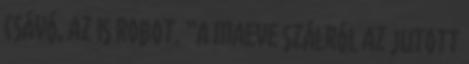
csávó, az is robot. “A maeve szálról az jutott